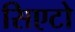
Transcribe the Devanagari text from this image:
सिएटो